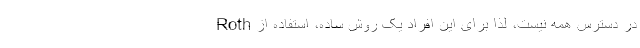
در دسترس همه نیست، لذا برای این افراد یک روش ساده، استفاده از Roth